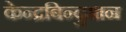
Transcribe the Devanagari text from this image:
केन्द्रबिन्दुमान